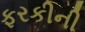
ફરકીની